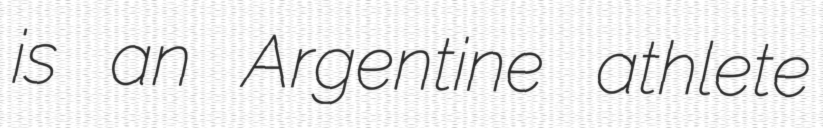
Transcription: is an Argentine athlete